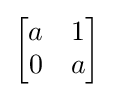
{\begin{bmatrix}a&1\\0&a\end{bmatrix}}